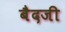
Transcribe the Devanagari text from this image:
बैदजी